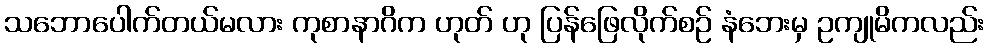
သဘောပေါက်တယ်မလား ကုစာနာဂိက ဟုတ် ဟု ပြန်ဖြေလိုက်စဉ် နံဘေးမှ ဥကျုမိကလည်း